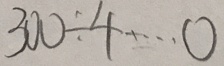
3 0 0 \div 4 \cdots 0